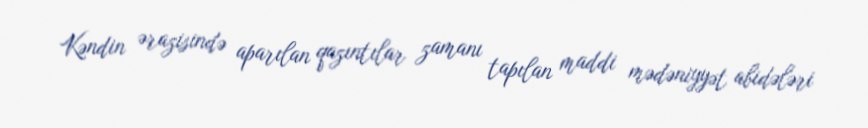
Kəndin ərazisində aparılan qazıntılar zamanı tapılan maddi mədəniyyət abidələri